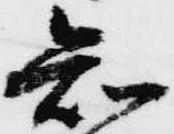
知